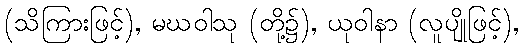
(သိကြားဖြင့်), မဃဝါသု (တို့၌), ယုဝါနာ (လူပျိုဖြင့်),